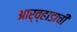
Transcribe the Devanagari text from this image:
आर्व्हाडाची